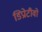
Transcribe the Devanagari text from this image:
डिप्रोटीवो